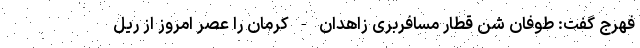
فهرج گفت: طوفان شن قطار مسافربری زاهدان - کرمان را عصر امروز از ریل